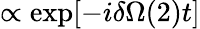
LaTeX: \propto\exp[-i\delta\Omega(2)t]